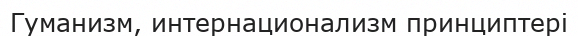
Гуманизм, интернационализм принциптері